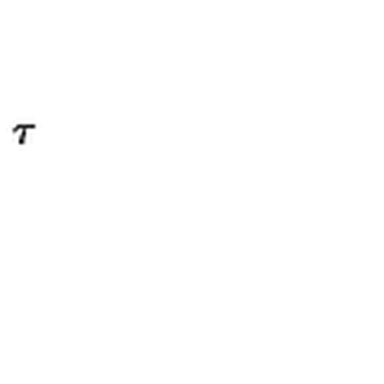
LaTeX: \tau